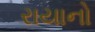
રાયાનો